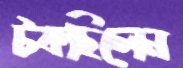
টকছিলেন